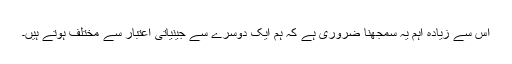
اس سے زیادہ اہم یہ سمجھنا ضروری ہے کہ ہم ایک دوسرے سے جینیاتی اعتبار سے مختلف ہوتے ہیں۔